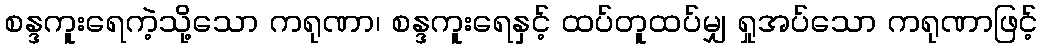
စန္ဒကူးရေကဲ့သို့သော ကရုဏာ၊ စန္ဒကူးရေနှင့် ထပ်တူထပ်မျှ ရှုအပ်သော ကရုဏာဖြင့်